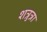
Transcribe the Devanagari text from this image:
शत्रुत्रा